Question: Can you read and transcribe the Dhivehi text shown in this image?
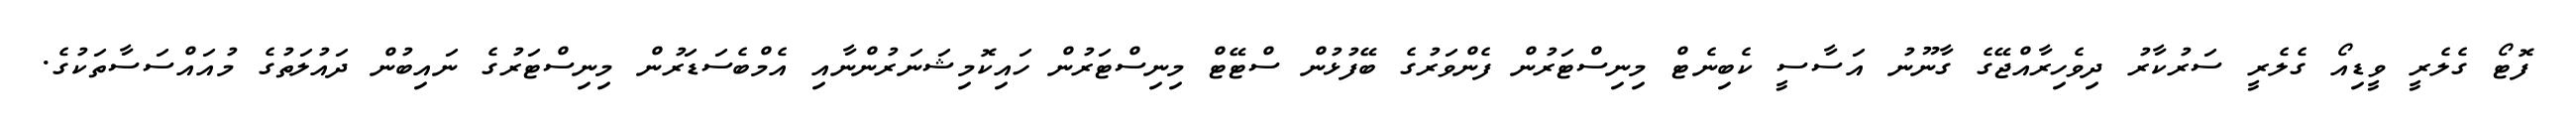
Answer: ފޮޓޯ ގެލެރީ ވީޑިއޯ ގެލެރީ ސަރުކާރު ދިވެހިރާއްޖޭގެ ގާނޫނު އަސާސީ ކެބިނެޓް މިނިސްޓަރުން ފެންވަރުގެ ބޭފުޅުން ސްޓޭޓް މިނިސްޓަރުން ހައިކޮމިޝަނަރުންނާއި އެމްބެސަޑަރުން މިނިސްޓަރުގެ ނައިބުން ދައުލަތުގެ މުއައްސަސާތަކުގެ.